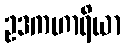
ဥဒကဟာရိယာ